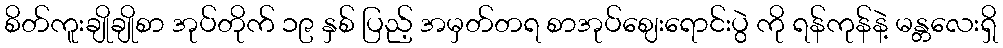
စိတ်ကူးချိုချိုစာ အုပ်တိုက် ၁၉ နှစ် ပြည့် အမှတ်တရ စာအုပ်ဈေးရောင်းပွဲ ကို ရန်ကုန်နဲ့ မန္တလေးရှိ